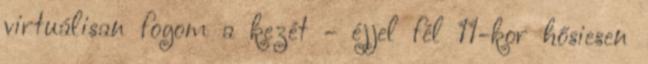
virtuálisan fogom a kezét - éjjel fél 11-kor hősiesen